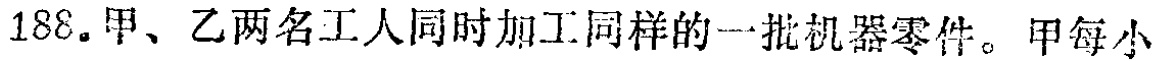
188. 甲、乙两名工人同时加工同样的一批机器零件。甲每小